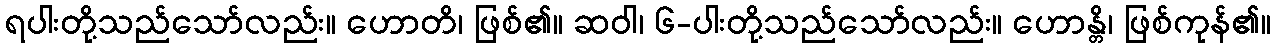
ရပါးတို့သည်သော်လည်း။ ဟောတိ၊ ဖြစ်၏။ ဆဝါ၊ ၆-ပါးတို့သည်သော်လည်း။ ဟောန္တိ၊ ဖြစ်ကုန်၏။